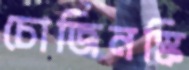
চোজিনস্কি